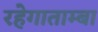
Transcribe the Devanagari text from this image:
रहेगाताम्बा